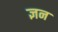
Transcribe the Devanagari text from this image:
ज्ञन